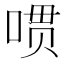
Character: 𱓔